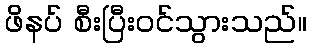
ဖိနပ် စီးပြီးဝင်သွားသည်။